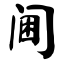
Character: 阃